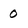
Character: 0